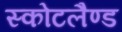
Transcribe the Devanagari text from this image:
स्कोटलैण्ड